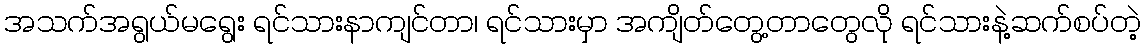
အသက်အရွယ်မရွေး ရင်သားနာကျင်တာ၊ ရင်သားမှာ အကျိတ်တွေ့တာတွေလို ရင်သားနဲ့ဆက်စပ်တဲ့